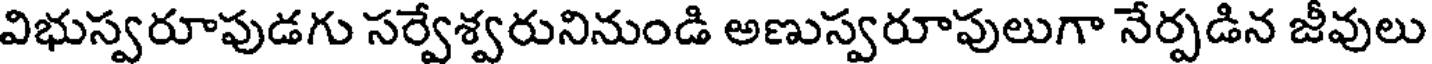
విభుస్వరూపుడగు సర్వేశ్వరునినుండి అణుస్వరూపులుగా నేర్పడిన జీవులు